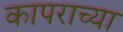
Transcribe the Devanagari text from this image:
कापराच्या